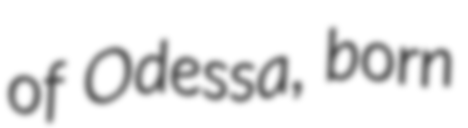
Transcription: of Odessa, born